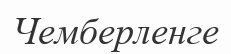
Чемберленге